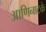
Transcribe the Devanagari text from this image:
आणिनाटके